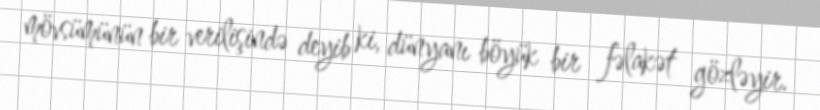
mövsümünün bir verilişində deyib ki, dünyanı böyük bir fəlakət gözləyir.